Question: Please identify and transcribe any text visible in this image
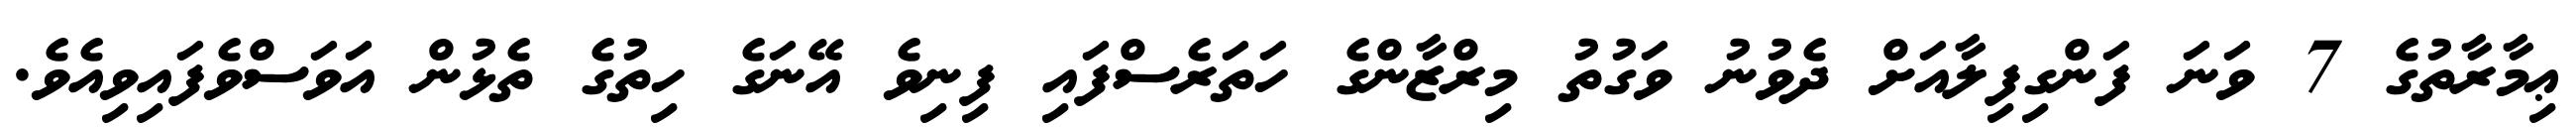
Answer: ޢިމާރާތުގެ 7 ވަނަ ފަންގިފިލާއަށް ދެވުނު ވަގުތު މިރްޒާންގެ ހަތަރެސްފައި ފިނިވެ އޭނަގެ ހިތުގެ ތެޅުން އަވަސްވެފައިވިއެވެ.